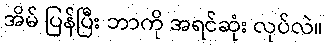
အိမ် ပြန်ပြီး ဘာကို အရင်ဆုံး လုပ်လဲ။